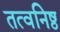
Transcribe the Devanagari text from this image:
तत्वनिष्ठ